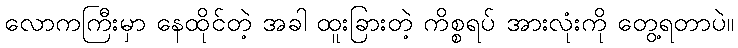
လောကကြီးမှာ နေထိုင်တဲ့ အခါ ထူးခြားတဲ့ ကိစ္စရပ် အားလုံးကို တွေ့ရတာပဲ။